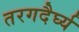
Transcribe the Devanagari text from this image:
तरगदैर्घ्य